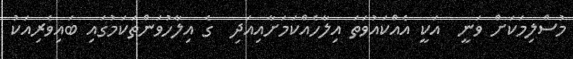
މުސްލިމަކަށް ވަނީ  އަކީ އެއްކައުވަތަ އިލާހެއްކަމަށާއިއަދި  ގެ އިލާހުވަންތަކަމުގައި ބައިވެރިއަކު